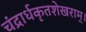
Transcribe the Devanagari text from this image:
चंद्रार्धकृतशेखराम्‌।